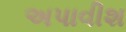
અપાવીશ